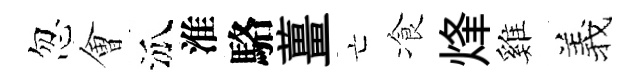
忽㑹泒淮駱薑亡飡烽雞羲